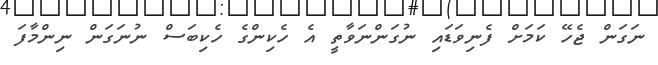
ނަގަން ޖެހޭ ކަމަށް ފެނިވަޑައި ނުގަންނަވާތީ އެ ހެކިންގެ ހެކިބަސް ނުނަގަން ނިންމާފަ